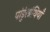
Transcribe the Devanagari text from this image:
पांडुंरग्रंथियाँ